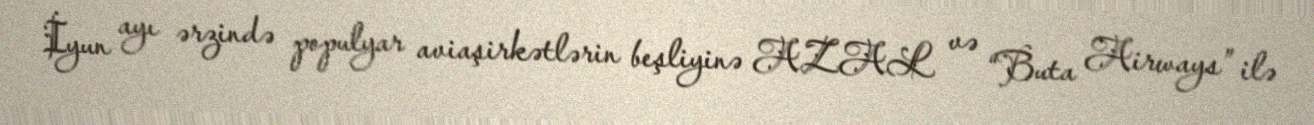
İyun ayı ərzində populyar aviaşirkətlərin beşliyinə AZAL və “Buta Airways” ilə